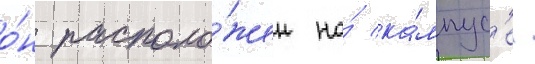
о́н располо́жен на́ ка́мпус'е.